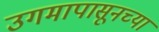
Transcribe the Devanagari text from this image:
उगमापासूनच्या